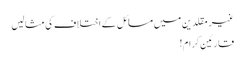
غیر مقلدین میں مسائل کے اختلاف کی مثالیں
قارئین کرام!